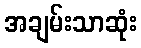
အချမ်းသာဆုံး